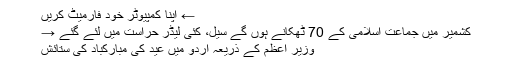
← اپنا کمپیوٹر خود فارمیٹ کریں
کشمیر میں جماعت اسلامی کے 70 ٹھکانے ہوں گے سیل، کئی لیڈر حراست میں لئے گئے →
وزیر اعظم کے ذریعہ اردو میں عید کی مبارکباد کی ستائش